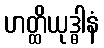
ဟတ္ထိယုဒ္ဓါနံ